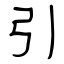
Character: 引